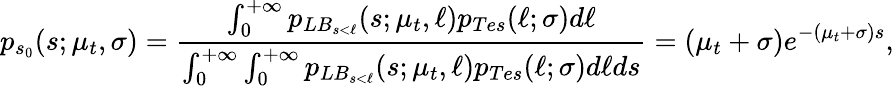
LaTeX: p_{s_{0}}(s;\mu_{t},\sigma)=\frac{\int_{0}^{+\infty}p_{LB_{s<\ell}}(s;\mu_{t},\ell)p_{Tes}(\ell;\sigma)d\ell}{\int_{0}^{+\infty}\int_{0}^{+\infty}p_{LB_{s<\ell}}(s;\mu_{t},\ell)p_{Tes}(\ell;\sigma)d\ell ds}=(\mu_{t}+\sigma)e^{-(\mu_{t}+\sigma)s},